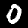
Digit: 0